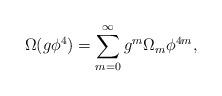
LaTeX: \begin{align*}\Omega (g\phi ^4)=\sum_{m=0}^{\infty}g^m\Omega _m \phi ^{4m},\end{align*}